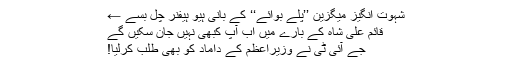
شہوت انگیز میگزین ’’پلے بوائے‘‘ کے بانی ہیو ہیفنر چل بسے ←
قائم علی شاہ کے بارے میں اب آپ کبھی نہیں جان سکیں گے
جے آئی ٹی نے وزیراعظم کے داماد کو بھی طلب کرلیا!